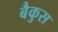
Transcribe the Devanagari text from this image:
बैकुस